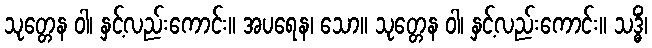
သုတ္တေန ဝါ၊ နှင့်လည်းကောင်း။ အပရေန၊ သော။ သုတ္တေန ဝါ၊ နှင့်လည်းကောင်း။ သဒ္ဓိံ၊